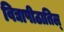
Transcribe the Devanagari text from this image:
विद्यापीठातिल्